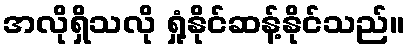
အလိုရှိသလို ရှုံ့နိုင်ဆန့်နိုင်သည်။